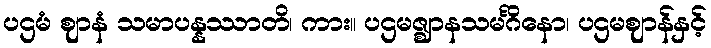
ပဌမံ ဈာနံ သမာပန္နဿာတိ၊ ကား။ ပဌမဇ္ဈာနသမင်္ဂိနော၊ ပဌမဈာန်နှင့်